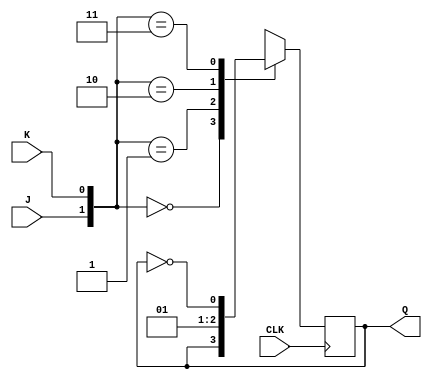
module JKFF(J,K,CLK,Q);
input J,K,CLK;
output reg Q;
always @(posedge CLK)
begin
case({J,K})
2'b00:Q<=Q;
2'b01:Q<=0;
2'b10:Q<=1;
2'b11: Q<=~Q;
endcase
end
 endmodule